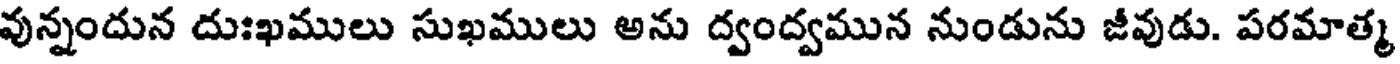
వున్నందున దుఃఖములు సుఖములు అను ద్వంద్వమున నుండును జీవుడు. పరమాత్మ